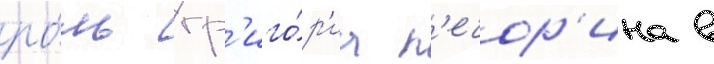
ро́ль гр'иго́р'иа п'ечор'ина в